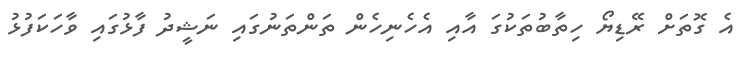
އެ ގޮތަށް ރޭޑިޔޯ ހިތާބުތަކުގަ އާއި އެހެނިހެން ތަންތަނުގައި ނަޝީދު ފާޅުގައި ވާހަކަފުޅު